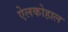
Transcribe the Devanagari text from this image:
ऐलकोहाल